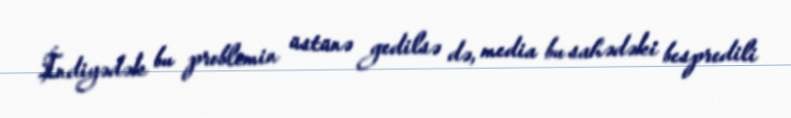
İndiyədək bu problemin üstünə gedilsə də, media bu sahədəki bespredili